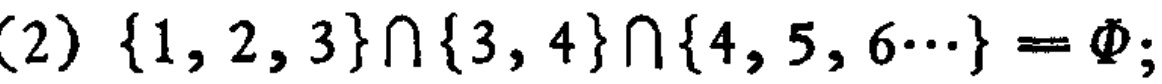
(2) \(\{1, 2, 3\}\cap\{3, 4\}\cap\{4, 5, 6\cdots\} = \varnothing\);